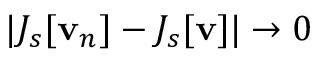
| J _ { s } [ \mathbf { v } _ { n } ] - J _ { s } [ \mathbf { v } ] | \to 0